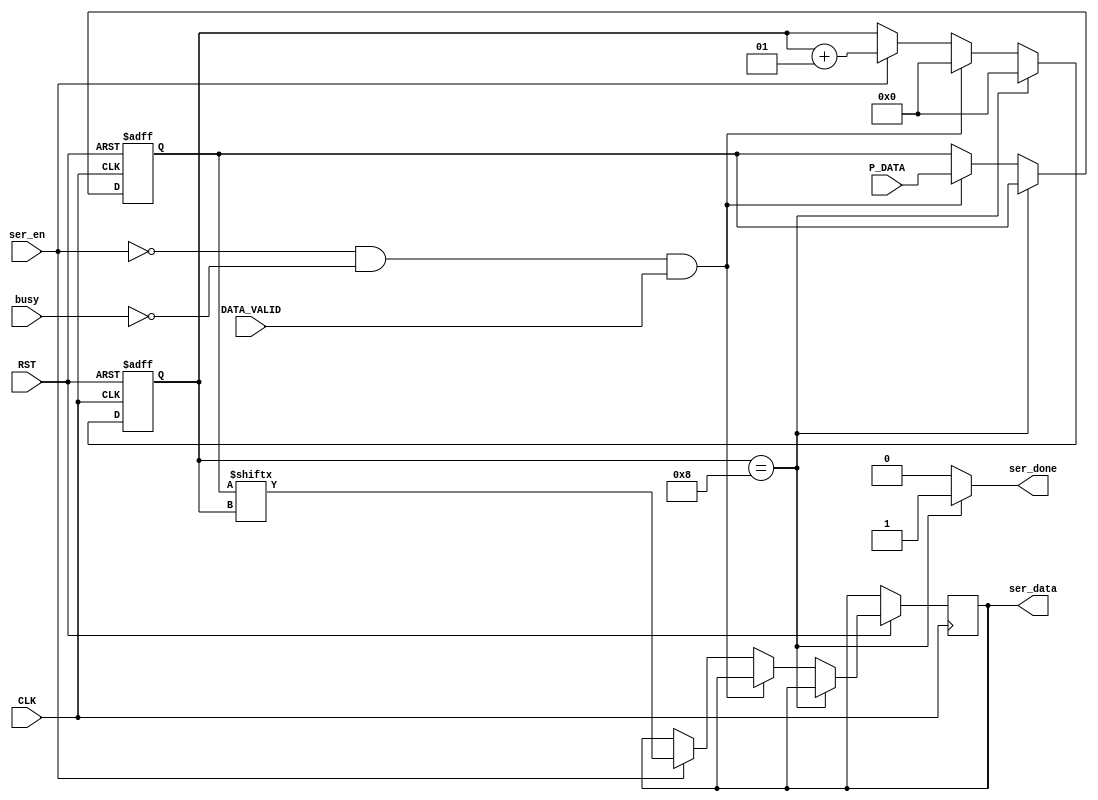
module UART_ser 
(
    input   [7:0]   P_DATA,
    input           DATA_VALID,
    input           ser_en, busy,
    input           CLK,RST,
    output  reg     ser_data,
    output  reg     ser_done
);

reg     [7:0]   p_data;
integer         counter1;
/////////////// Serializer Module
always @(posedge CLK, negedge RST) begin
    if (!RST) begin
        counter1 <= 1'b0;
        p_data <= 8'b0;
        //ser_done <= 1'b0;
     end
     else if (counter1 == 4'd8) begin
        counter1 <= 1'b0;
     end
    else if (!ser_en && !busy && DATA_VALID) begin
        p_data <= P_DATA;
        counter1 <= 1'b0;
    end
    else if (ser_en) begin
        ser_data <= p_data[counter1];
        counter1 <= counter1 + 1;
     end
 end

 
always @(*) begin
    if (counter1 == 4'd8) begin
            //counter1 = 1'b0;
            ser_done = 1'b1;
        end
    else ser_done = 1'b0;
 end

endmodule